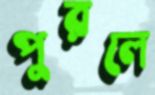
পুরলে